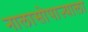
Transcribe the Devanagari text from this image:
नालासोपाऱ्याला